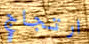
ارتجاج